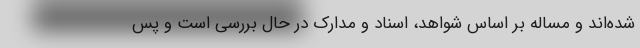
شده‌اند و مسأله بر اساس شواهد، اسناد و مدارک در حال بررسی است و پس